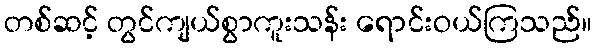
တစ်ဆင့် တွင်ကျယ်စွာကူးသန်း ရောင်းဝယ်ကြသည်။